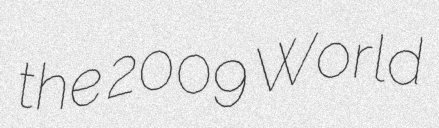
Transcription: the 2009 World